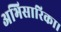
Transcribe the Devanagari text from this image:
अभिसारिका।